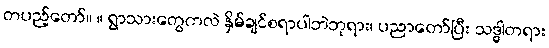
တပည့်တော်။ ။ ရွာသားတွေကလဲ နှိမ်ချင်စရာပါဘဲဘုရား၊ ပညာတော်ပြီး သဒ္ဓါတရား